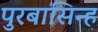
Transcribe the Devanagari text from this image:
पुरबासिन्ह